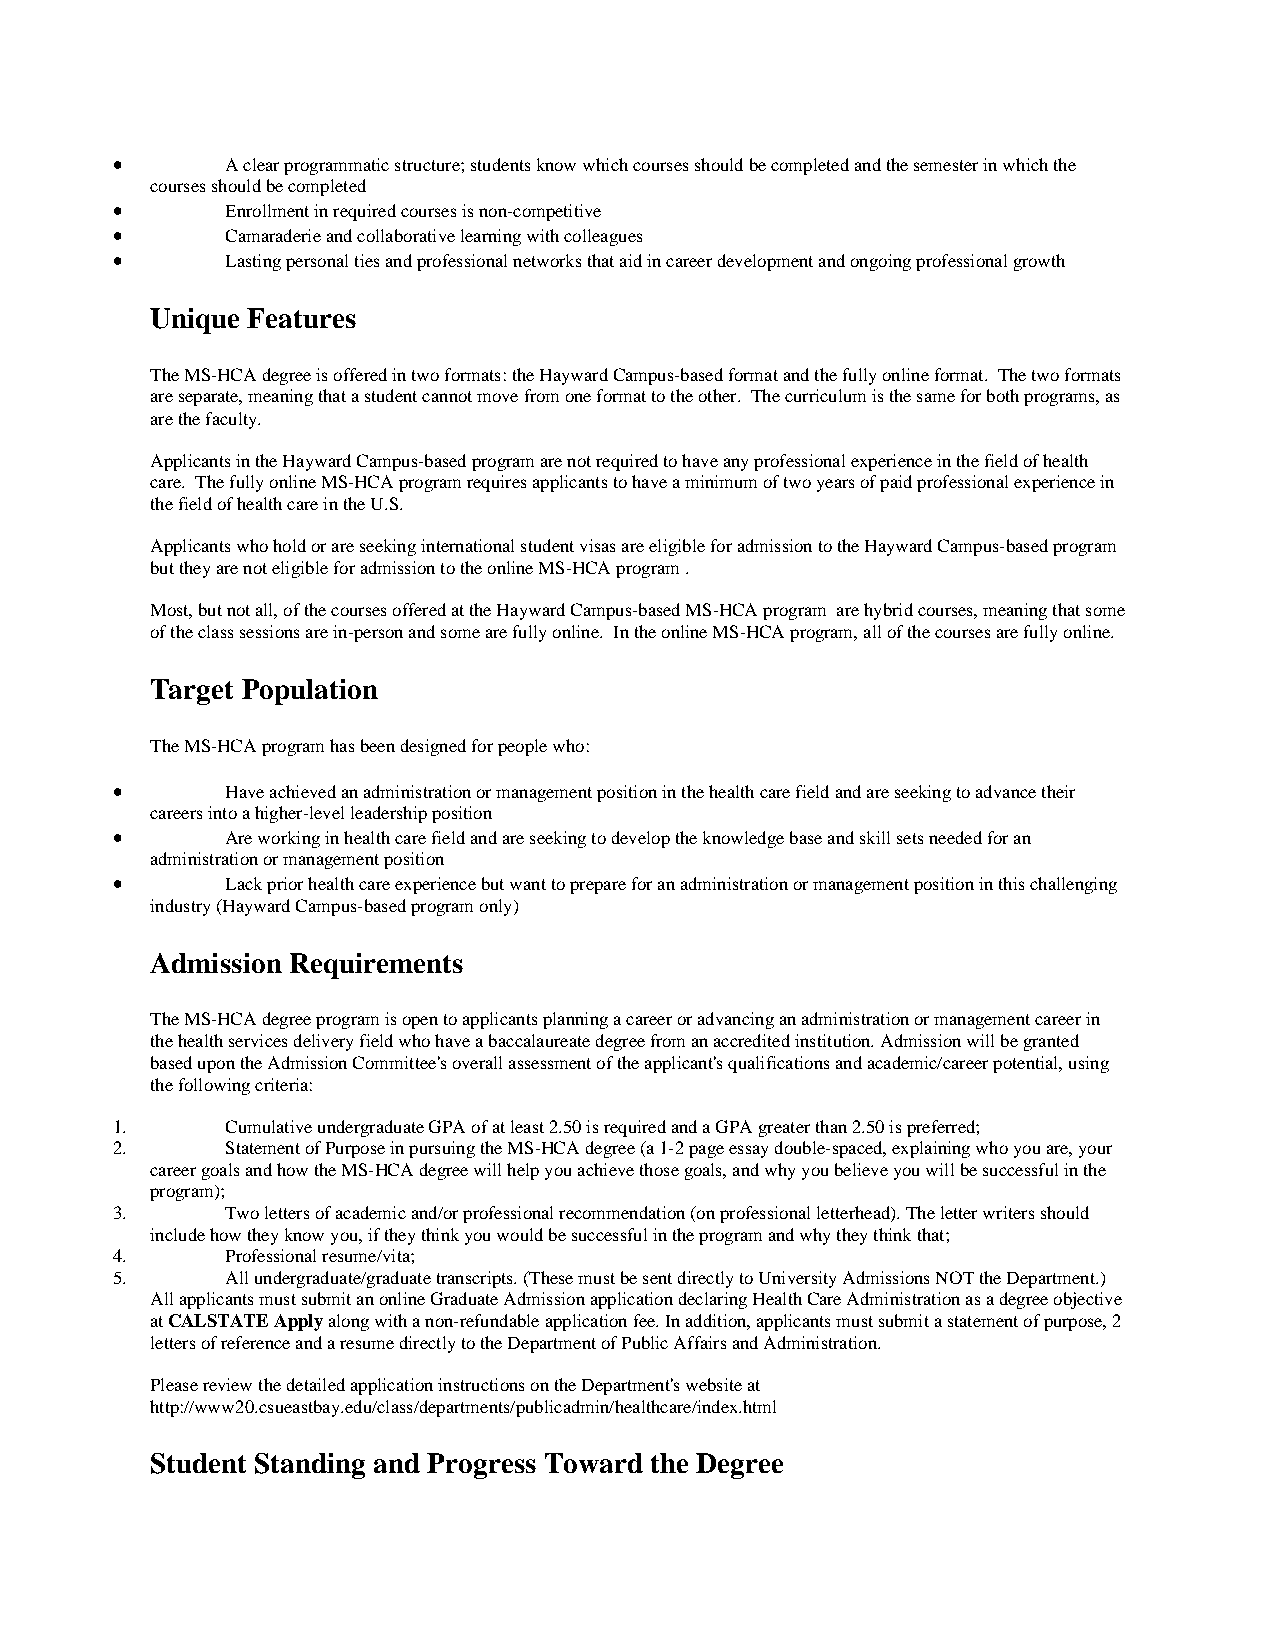
•       A clear programmatic structure; students know which courses should be completed and the semester in which the
 courses should be completed
 •       Enrollment in required courses is non-competitive
 •       Camaraderie and collaborative learning with colleagues
 •       Lasting personal ties and professional networks that aid in career development and ongoing professional growth
 Unique Features
 The MS-HCA degree is offered in two formats: the Hayward Campus-based format and the fully online format. The two formats
 are separate, meaning that a student cannot move from one format to the other. The curriculum is the same for both programs, as
 are the faculty.
 Applicants in the Hayward Campus-based program are not required to have any professional experience in the field of health
 care. The fully online MS-HCA program requires applicants to have a minimum of two years of paid professional experience in
 the field of health care in the U.S.
 Applicants who hold or are seeking international student visas are eligible for admission to the Hayward Campus-based program
 but they are not eligible for admission to the online MS-HCA program .
 Most, but not all, of the courses offered at the Hayward Campus-based MS-HCA program are hybrid courses, meaning that some
 of the class sessions are in-person and some are fully online. In the online MS-HCA program, all of the courses are fully online.
 Target Population
 The MS-HCA program has been designed for people who:
 •       Have achieved an administration or management position in the health care field and are seeking to advance their
 careers into a higher-level leadership position
 •       Are working in health care field and are seeking to develop the knowledge base and skill sets needed for an
 administration or management position
 •       Lack prior health care experience but want to prepare for an administration or management position in this challenging
 industry (Hayward Campus-based program only)
 Admission Requirements
 The MS-HCA degree program is open to applicants planning a career or advancing an administration or management career in
 the health services delivery field who have a baccalaureate degree from an accredited institution. Admission will be granted
 based upon the Admission Committee's overall assessment of the applicant's qualifications and academic/career potential, using
 the following criteria:
 1.      Cumulative undergraduate GPA of at least 2.50 is required and a GPA greater than 2.50 is preferred;
 2.      Statement of Purpose in pursuing the MS-HCA degree (a 1-2 page essay double-spaced, explaining who you are, your
 career goals and how the MS-HCA degree will help you achieve those goals, and why you believe you will be successful in the
 program);
 3.      Two letters of academic and/or professional recommendation (on professional letterhead). The letter writers should
 include how they know you, if they think you would be successful in the program and why they think that;
 4.      Professional resume/vita;
 5.      All undergraduate/graduate transcripts. (These must be sent directly to University Admissions NOT the Department.)
 All applicants must submit an online Graduate Admission application declaring Health Care Administration as a degree objective
 at CALSTATE Apply along with a non-refundable application fee. In addition, applicants must submit a statement of purpose, 2
 letters of reference and a resume directly to the Department of Public Affairs and Administration.
 Please review the detailed application instructions on the Department's website at
 http://www20.csueastbay.edu/class/departments/publicadmin/healthcare/index.html
 Student Standing and Progress Toward the Degree